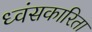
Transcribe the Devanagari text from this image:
ध्वंसकारिता